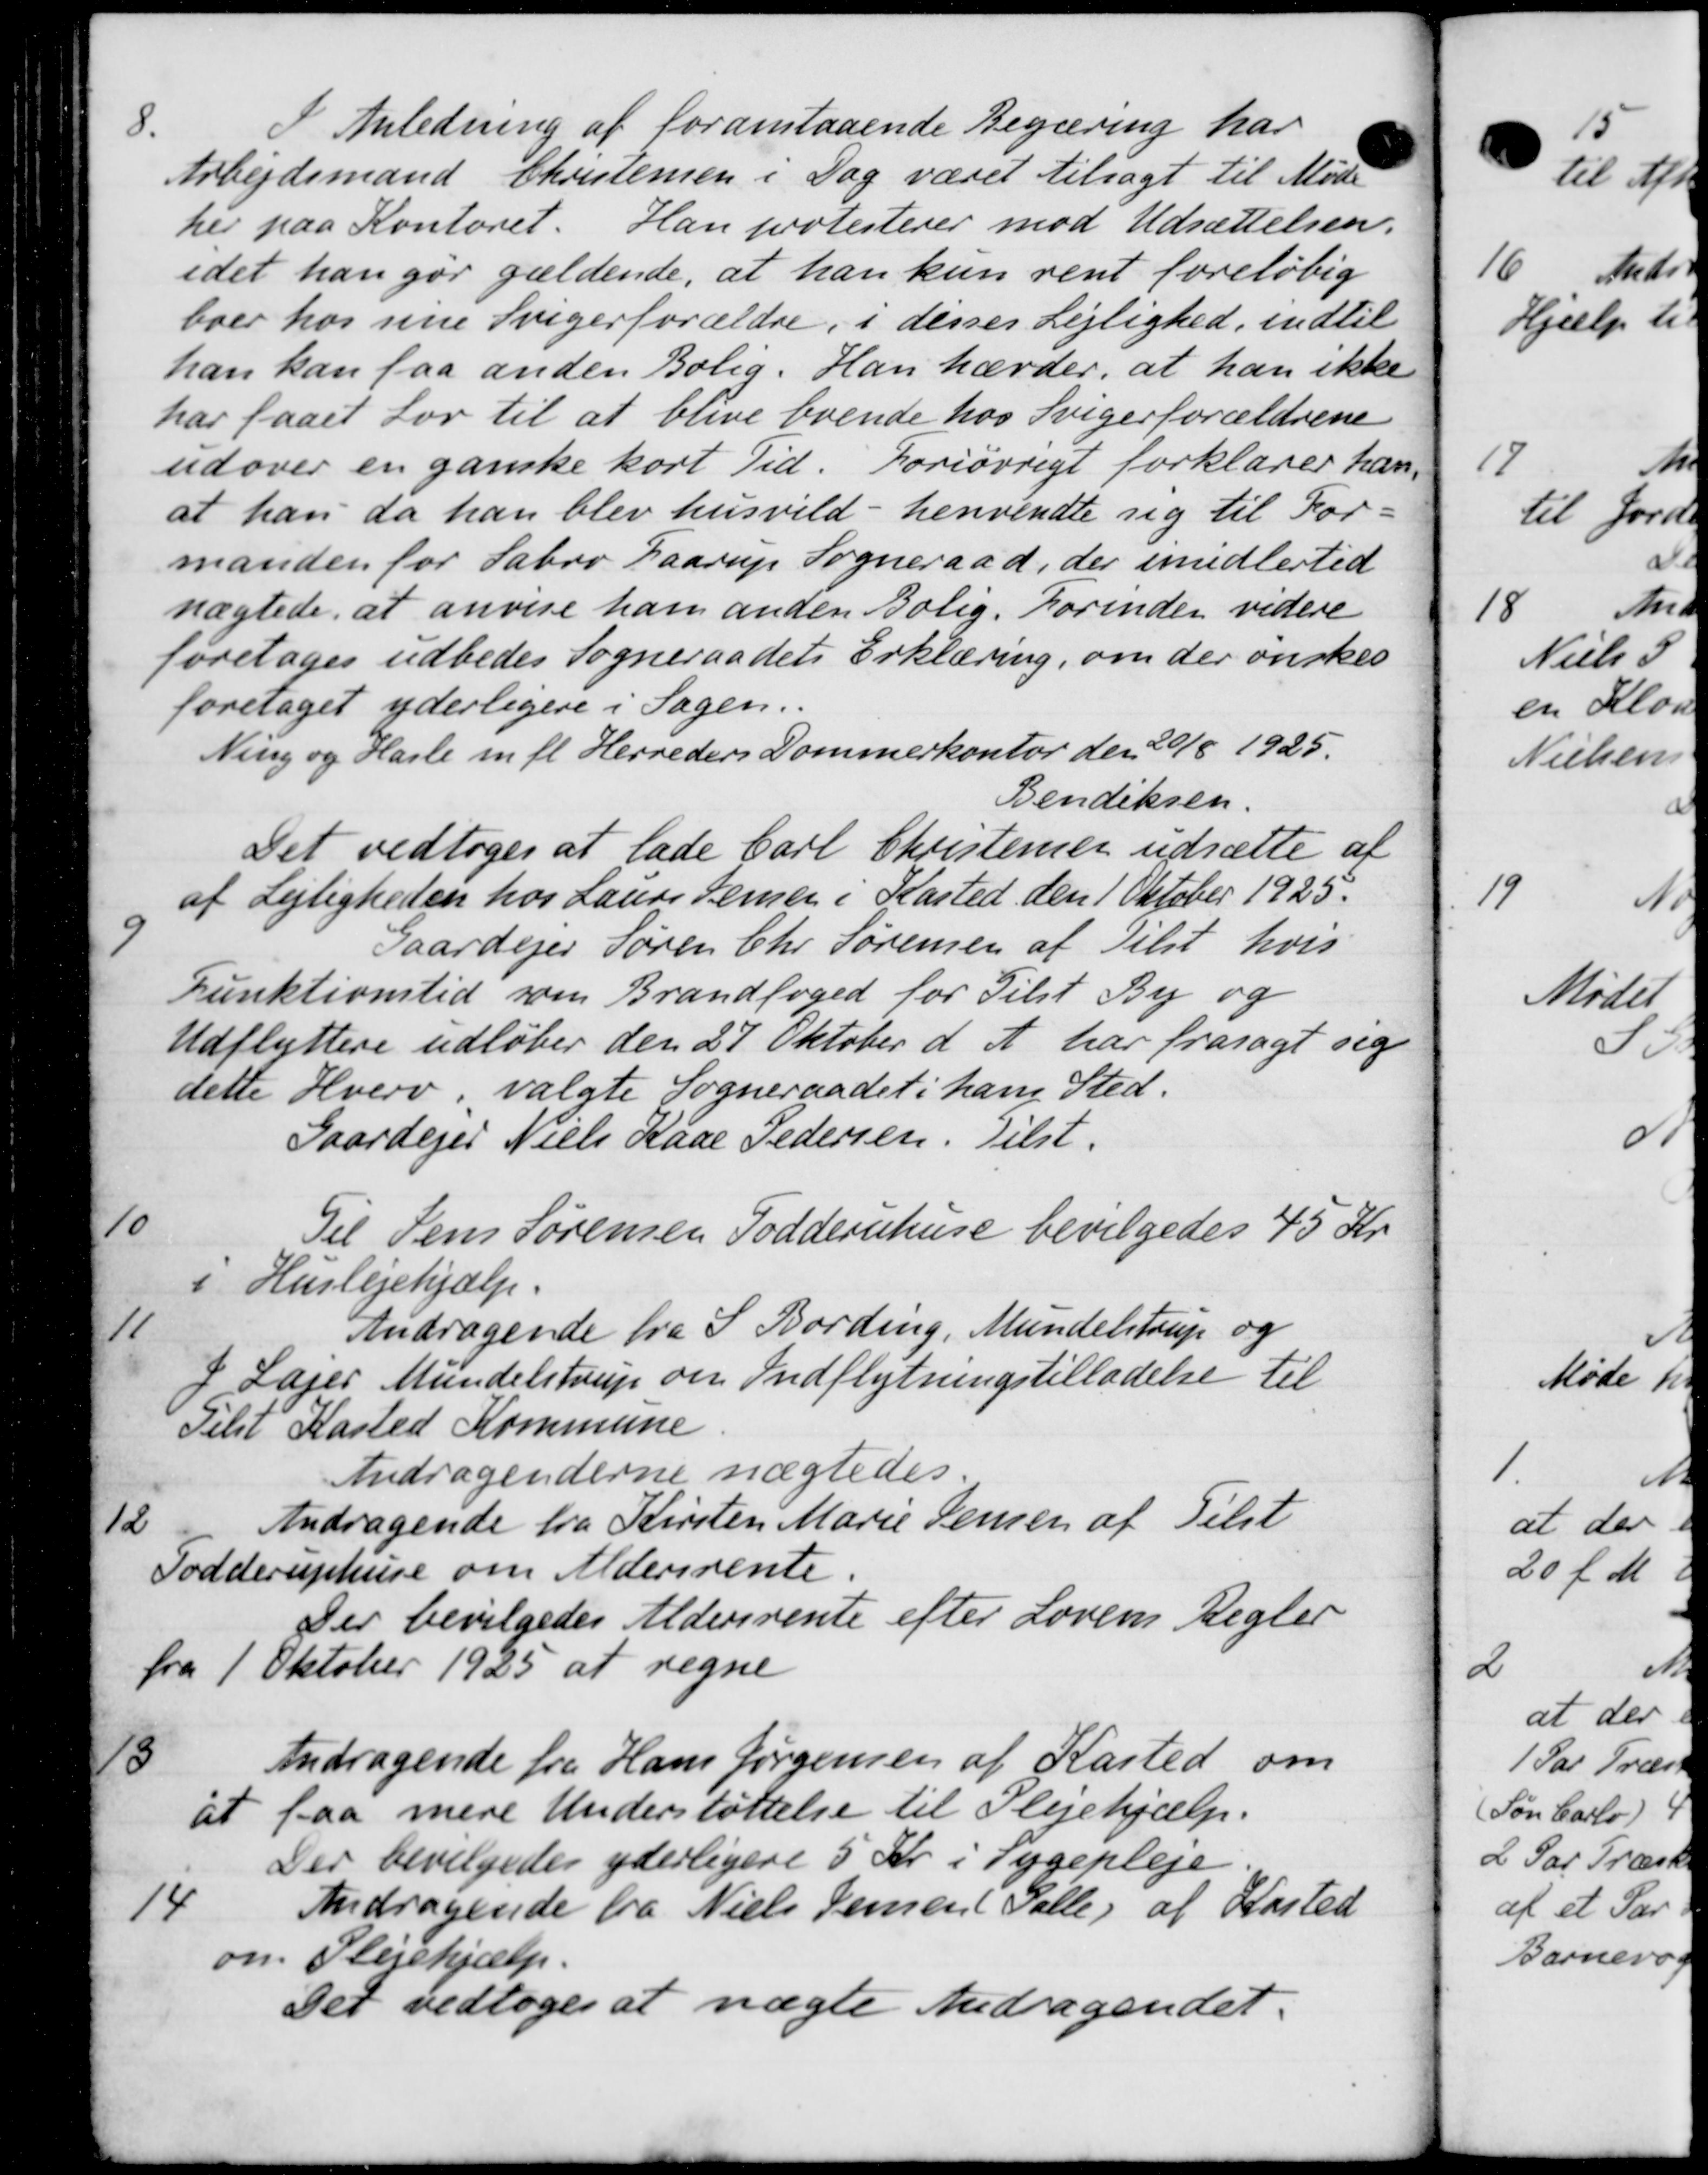
Transskription:
8
I Anledning af foranstaaende Begæring har
Arbejdsmand Christensen i Dag været tilsagt til Møde
her paa Kontoret. Han protesterer mod Udsættelsen.
idet han gør gældende, at han kun rent foreløbig
boer hos sine Svigerforældre, i disses Lejlighed, indtil
han kan faa anden Bolig. Han hævder, at han ikke
har faaet Lov til at blive boende hos Svigerforældrene
udover en ganske kort Tid. Foriøvrigt forklarer han
at han da han blev husvild - henvendte sig til For-
manden for Sabro Haarup Sogneraad, der imidlertid
nægtede, at anvise ham anden Bolig. Forinden videre
foretages udbedes Sogneraadets Erklæring, om der ønskes
foretaget yderligere i Sagen.
Ning og Hasle m. fl. Herreders Dommerkontor den 20/8 1925.
Bendiksen.
Det vedtoges at lade Carl Christensen udsætte af
af Lejligheden hos Laurs Jensen i Kasted den 1 Oktober 1925.
9
Gaardejer Søren Chr Sørensen af Tilst hvis
Funktionstid som Brandfoged for Tilst By og
Udflyttere udløber den 27 Oktober d. A. har frasagt sig
dette Hverv, valgte Sogneraadet i hans Sted.
Gaardejer Niels Kaae Pedersen. Tilst.
10
Til Jens Sørensen Toddernhuse bevilgedes 45 Kr
i Huslejehjælp.
11
Andragende fra S. Bording, Mundelstrup og
I Lejer Mundelstrup om Indflytningstilladelse til
Telst Kasted Kommune
Andragenderne nægtedes.
12
Andragende fra Kirsten Marie Jensen af Tilst
Todderuphuse om Aldersrente.
Der bevilgedes Aldersrente efter Lovens Regler
fra 1 Oktober 1925 at regne
13
Andragende fra Hans Jørgensen af Kasted om
at faa mere Understøttelse til Plejehjælp.
Der bevilgedes yderligere 5 Kr. i Sygepleje
14
Andragende fra Niels Jensen Palle af Kasted
om Plejehjælp.
Det vedtoges at nægte Andragendet.